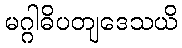
မဂ္ဂါဓိပတျဒေသယိ